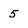
Character: 5